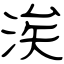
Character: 涘